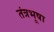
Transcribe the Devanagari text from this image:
तंत्रभूषा